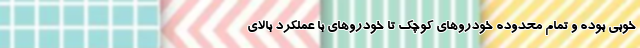
خوبی بوده و تمام محدوده خودروهای کوچک تا خودروهای با عملکرد بالای